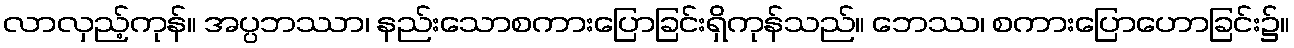
လာလှည့်ကုန်။ အပ္ပဘဿာ၊ နည်းသောစကားပြောခြင်းရှိကုန်သည်။ ဘေဿ၊ စကားပြောဟောခြင်း၌။